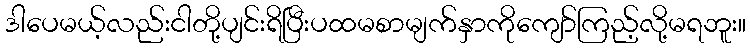
ဒါပေမယ့်လည်းငါတို့ပျင်းရိပြီးပထမစာမျက်နှာကိုကျော်ကြည့်လို့မရဘူး။